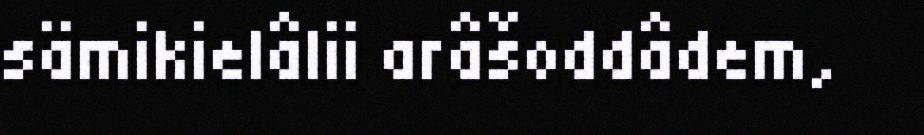
sämikielâlii arâšoddâdem,